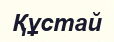
Құстай